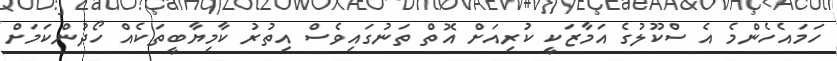
ހަމައެހެންމެ އެ ސްކޫލުގެ އަމާޒަކީ ކުރިއަށް އޮތް ތަނުގައިވެސް އިތުރު ކާމިޔާބީތަކެއް ހޯދުންކަމަށް